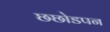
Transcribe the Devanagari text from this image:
छछोडपन